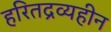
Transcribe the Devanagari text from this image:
हरितद्रव्यहीन